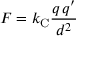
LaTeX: F = k _ { \mathrm { { C } } } { \frac { q \, q ^ { \prime } } { d ^ { 2 } } }